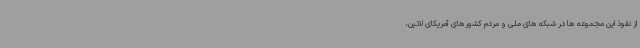
از نفوذ این مجموعه ها در شبکه های ملی و مردم کشورهای آمریکای لاتین،